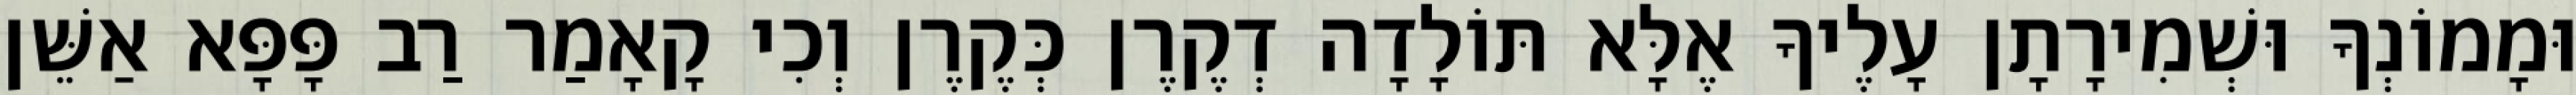
וּמָמוֹנְךָ וּשְׁמִירָתָן עָלֶיךָ אֶלָּא תּוֹלָדָה דְקֶרֶן כְּקֶרֶן וְכִי קָאָמַר רַב פָּפָּא אַשֵּׁן